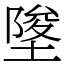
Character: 𡍵